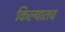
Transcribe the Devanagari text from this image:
किल्यातच